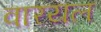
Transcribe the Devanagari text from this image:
वारयल